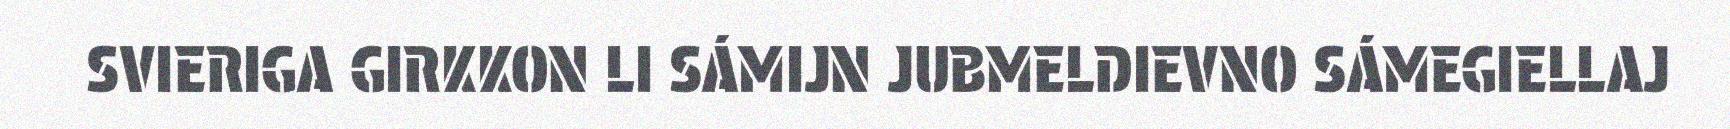
SVIERIGA GIRKKON LI SÁMIJN JUBMELDIEVNO SÁMEGIELLAJ